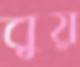
বুয়